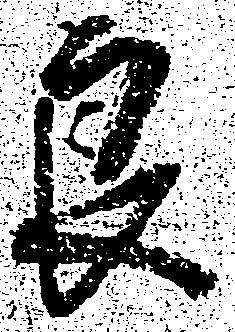
良